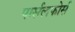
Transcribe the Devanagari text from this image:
पार्सलफोर्स